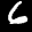
Label: 6